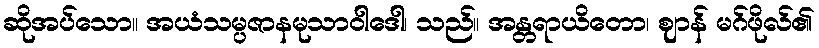
ဆိုအပ်သော။ အယံသမ္ပဇာနမုသာဝါဒေါ၊ သည်။ အန္တရာယိတော၊ ဈာန် မဂ်ဖိုလ်၏